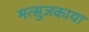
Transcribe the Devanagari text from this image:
मत्सुजकाया